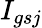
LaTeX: I_{gsj}